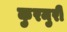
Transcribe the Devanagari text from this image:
कुरमुरी